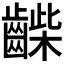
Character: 𪘿